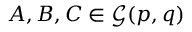
A , B , C \in { \mathcal { G } } ( p , q )